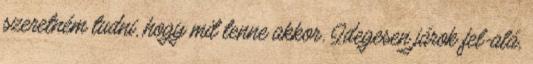
szeretném tudni, hogy mit tenne akkor. Idegesen járok fel-alá,